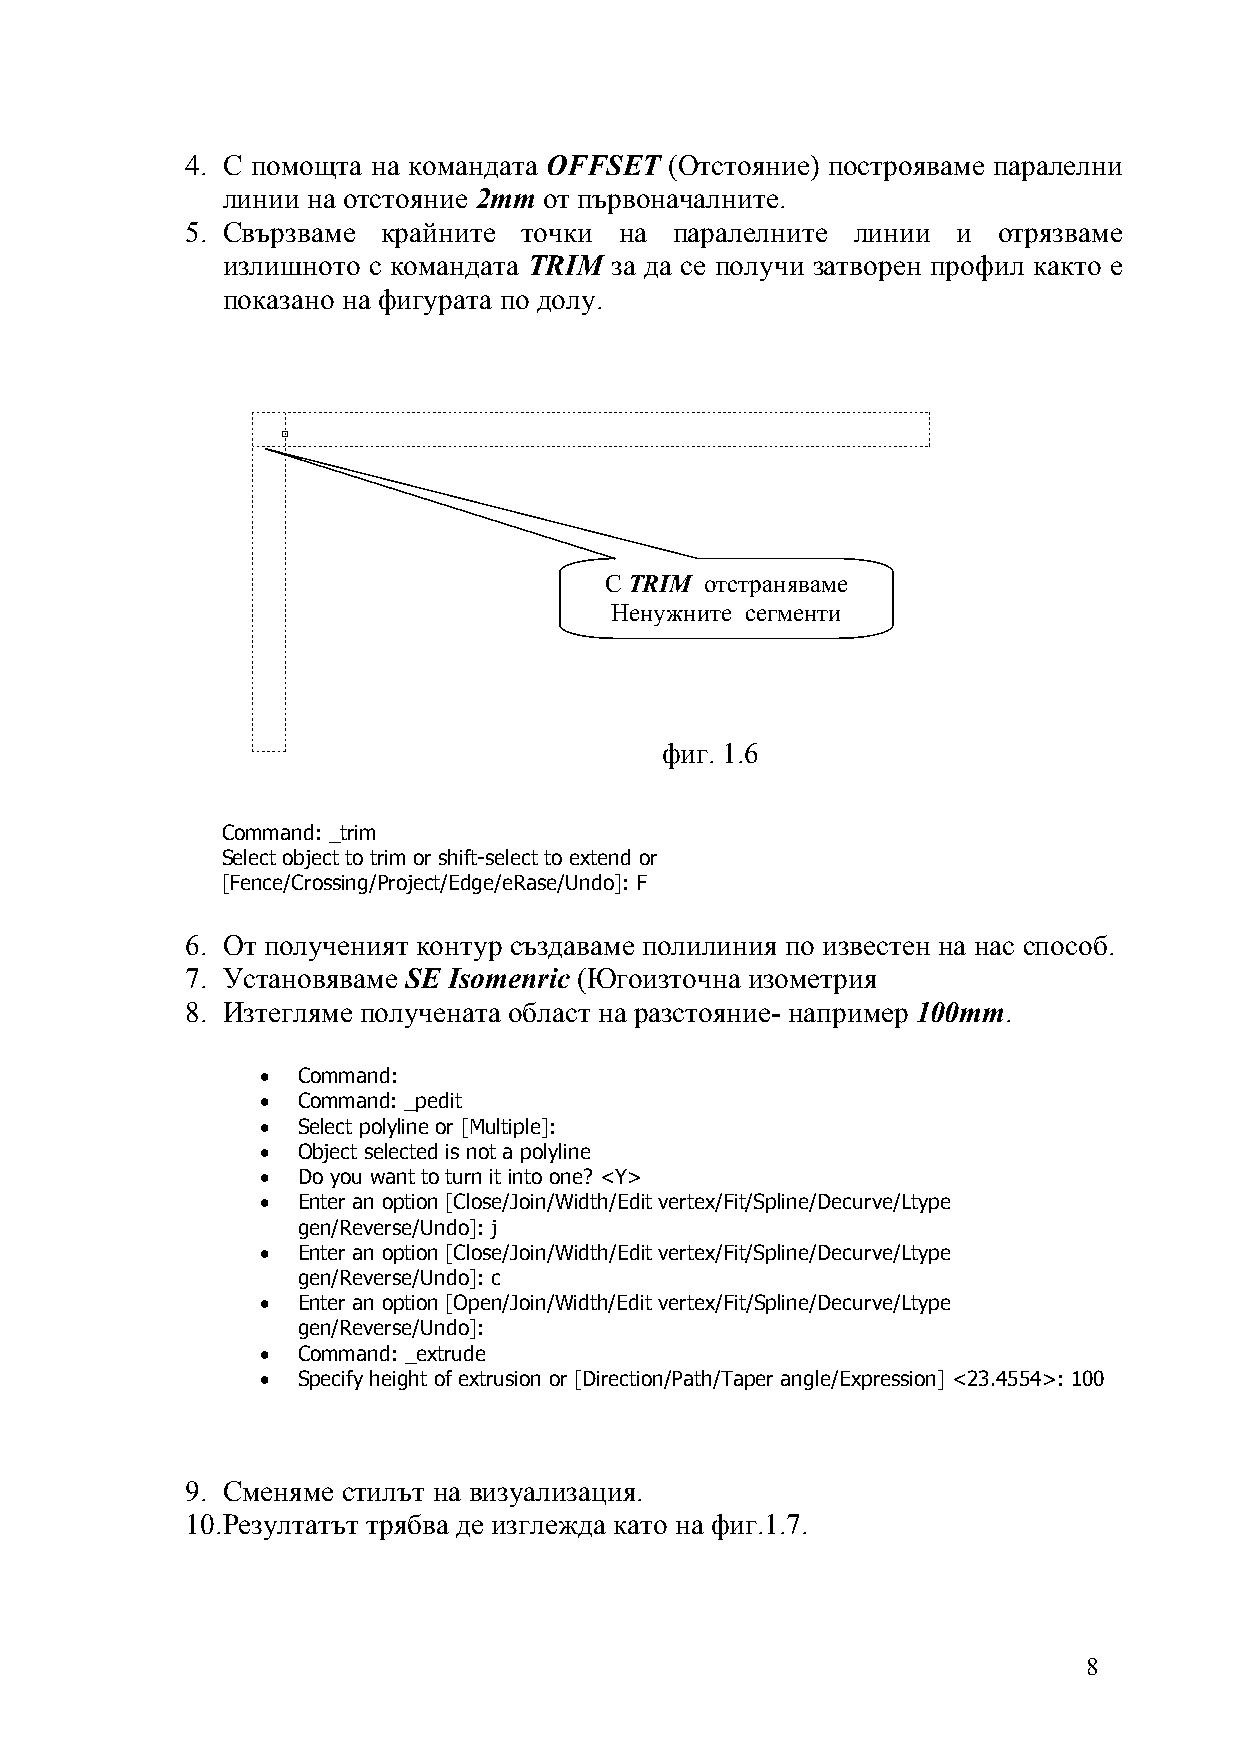
4. С помощта на командата OFFSET (Отстояние) построяваме паралелни
 линии на отстояние 2mm от първоначалните.
 5. Свързваме крайните точки  на  паралелните линии и  отрязваме
 излишното с командата TRIM за да се получи затворен профил както е
 показано на фигурата по долу.
 С TRIM отстраняваме
 Ненужните сегменти
 фиг. 1.6
 Command: _trim
 Select object to trim or shift-select to extend or
 [Fence/Crossing/Project/Edge/eRase/Undo]: F
 6. От полученият контур създаваме полилиния по известен на нас способ.
 7. Установяваме SE Isomenric (Югоизточна изометрия
 8. Изтегляме получената област на разстояние- например 100mm.
 •  Command:
 •  Command: _pedit
 •  Select polyline or [Multiple]:
 •  Object selected is not a polyline
 •  Do you want to turn it into one? <Y>
 •  Enter an option [Close/Join/Width/Edit vertex/Fit/Spline/Decurve/Ltype
 gen/Reverse/Undo]: j
 •  Enter an option [Close/Join/Width/Edit vertex/Fit/Spline/Decurve/Ltype
 gen/Reverse/Undo]: c
 •  Enter an option [Open/Join/Width/Edit vertex/Fit/Spline/Decurve/Ltype
 gen/Reverse/Undo]:
 •  Command: _extrude
 •  Specify height of extrusion or [Direction/Path/Taper angle/Expression] <23.4554>: 100
 9. Сменяме стилът на визуализация.
 10. Резултатът трябва де изглежда като на фиг.1.7.
 8